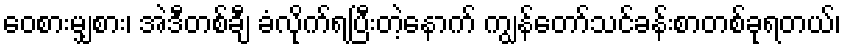
ဝေစားမျှစား၊ အဲဒီတစ်ချီ ခံလိုက်ရပြီးတဲ့နောက် ကျွန်တော်သင်ခန်းစာတစ်ခုရတယ်၊